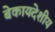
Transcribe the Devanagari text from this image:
बेकायदेशीय